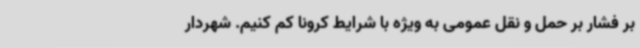
بر فشار بر حمل و نقل عمومی به ویژه با شرایط کرونا کم کنیم. شهردار